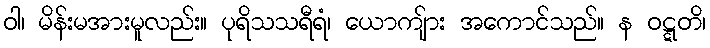
ဝါ၊ မိန်းမအားမူလည်း။ ပုရိသသရီရံ၊ ယောကျ်ား အကောင်သည်။ န ဝဋ္ဋတိ၊